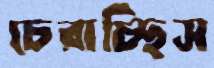
চেরাচ্ছিস